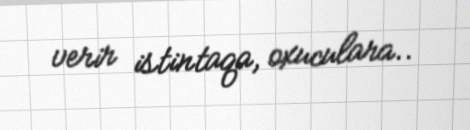
verir istintaqa, oxuculara..